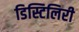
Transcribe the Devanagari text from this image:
डिस्टिलिरी